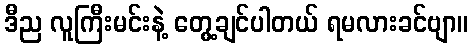
ဒီည လူကြီးမင်းနဲ့ တွေ့ချင်ပါတယ် ရမလားခင်ဗျာ။